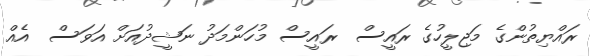
ރައްޔިތުންގެ މަޖިލީހުގެ ރައީސް  ރައީސް މުހަންމަދު ނަޝީދުއަށް އަވަސް  އެއް